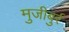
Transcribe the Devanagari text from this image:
मुजीबुर्र